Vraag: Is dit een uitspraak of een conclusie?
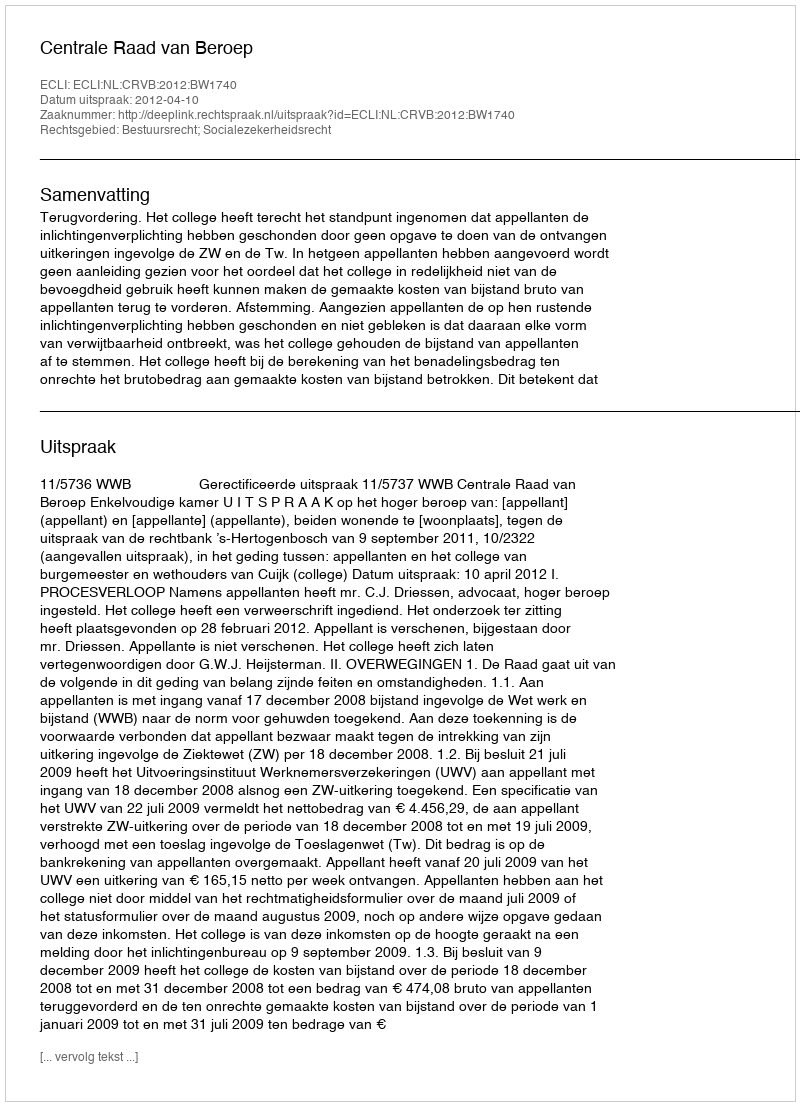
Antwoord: Uitspraak